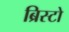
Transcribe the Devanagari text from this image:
ब्रिस्टो